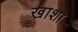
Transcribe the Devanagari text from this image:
खाशा